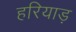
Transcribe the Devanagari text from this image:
हरियाड़